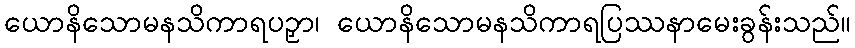
ယောနိသောမနသိကာရပဉှာ၊ ယောနိသောမနသိကာရပြဿနာမေးခွန်းသည်။